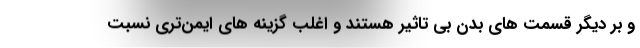
و بر دیگر قسمت های بدن بی تاثیر هستند و اغلب گزینه های ایمن‌تری نسبت